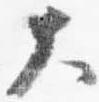
大